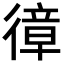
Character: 𢕔